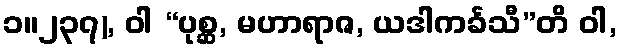
၁။၂၃၇), ဝါ “ပုစ္ဆ, မဟာရာဇ, ယဒါကင်္ခသီ”တိ ဝါ,